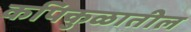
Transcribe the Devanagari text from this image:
कपिकुळातील